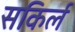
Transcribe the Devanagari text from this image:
सकिर्ल